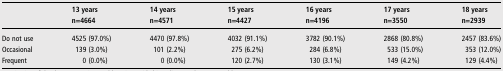
<table><thead><tr><td></td><td><b>13 years</b></td><td><b>14 years</b></td><td><b>15 years</b></td><td><b>16 years</b></td><td><b>17 years</b></td><td><b>18 years</b></td></tr><tr><td></td><td><b>n=4664</b></td><td><b>n=4571</b></td><td><b>n=4427</b></td><td><b>n=4196</b></td><td><b>n=3550</b></td><td><b>n=2939</b></td></tr></thead><tbody><tr><td>Do not use</td><td>4525 (97.0%)</td><td>4470 (97.8%)</td><td>4032 (91.1%)</td><td>3782 (90.1%)</td><td>2868 (80.8%)</td><td>2457 (83.6%)</td></tr><tr><td>Occasional</td><td>139 (3.0%)</td><td>101 (2.2%)</td><td>275 (6.2%)</td><td>284 (6.8%)</td><td>533 (15.0%)</td><td>353 (12.0%)</td></tr><tr><td>Frequent</td><td>0 (0.0%)</td><td>0 (0.0%)</td><td>120 (2.7%)</td><td>130 (3.1%)</td><td>149 (4.2%)</td><td>129 (4.4%)</td></tr></tbody></table>